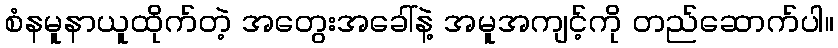
စံနမူနာယူထိုက်တဲ့ အတွေးအခေါ်နဲ့ အမူအကျင့်ကို တည်ဆောက်ပါ။